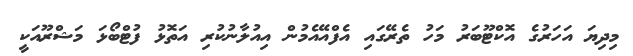
މިދިޔަ އަހަރުގެ އޮކްޓޫބަރު މަހު ތެރޭގައި އެފްއޭއެމުން އިއުލާނުކުރި އަތޮޅު ފުޓްބޯޅަ މަޝްރޫއަކީ